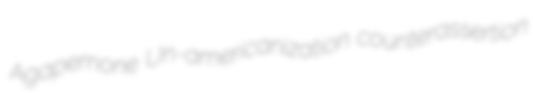
Agapemone Un-americanization counterassertion